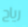
رياح